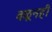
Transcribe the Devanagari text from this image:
वळूनही